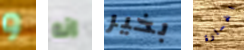
و انه بخير الخسارة